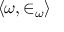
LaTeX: \langle \omega , \in _ { \omega } \rangle